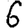
Digit: 6